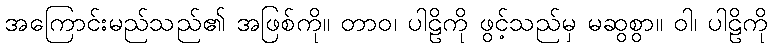
အကြောင်းမည်သည်၏ အဖြစ်ကို။ တာဝ၊ ပါဠိကို ဖွင့်သည်မှ မဆွစွာ။ ဝါ၊ ပါဠိကို